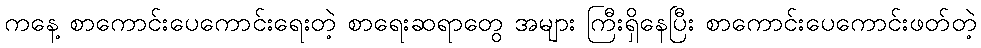
ကနေ့ စာကောင်းပေကောင်းရေးတဲ့ စာရေးဆရာတွေ အများ ကြီးရှိနေပြီး စာကောင်းပေကောင်းဖတ်တဲ့